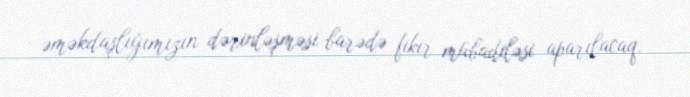
əməkdaşlığımızın dərinləşməsi barədə fikir mübadiləsi aparılacaq.